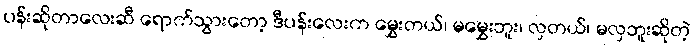
ပန်းဆိုတာလေးဆီ ရောက်သွားတော့ ဒီပန်းလေးက မွှေးတယ်၊ မမွှေးဘူး၊ လှတယ်၊ မလှဘူးဆိုတဲ့